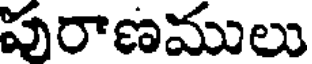
పురాణములు